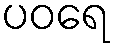
ပဝရေ